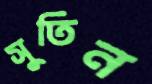
সুতিন